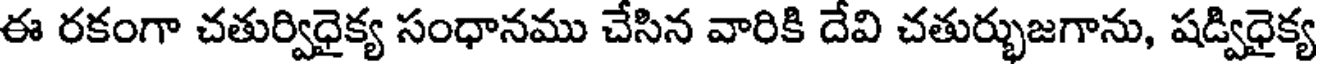
ఈ రకంగా చతుర్విధైక్య సంధానము చేసిన వారికి దేవి చతుర్భుజగాను, షడ్విధైక్య